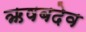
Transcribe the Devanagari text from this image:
ऋषबदेव